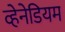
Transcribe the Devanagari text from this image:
व्हेनेडियम